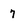
Character: 7